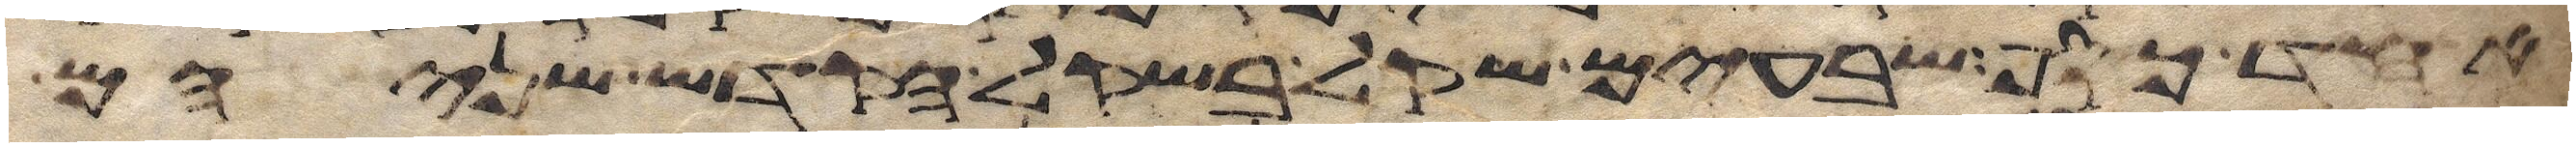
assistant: אחד כסף שבעים שקל בשקל הקדש שניהם